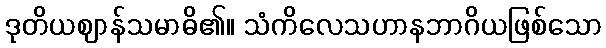
ဒုတိယဈာန်သမာဓိ၏။ သံကိလေသဟာနဘာဂိယဖြစ်သော